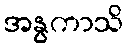
အနွကာသိ